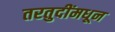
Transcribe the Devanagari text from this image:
तरतुदींमधून